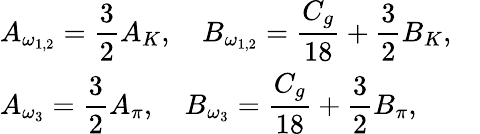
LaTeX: \begin{array}{l}{{\displaystyle{A_{\omega_{1,2}}=\frac{3}{2}A_{K}},\quad\displaystyle{B_{\omega_{1,2}}=\frac{C_{g}}{18}+\frac{3}{2}B_{K}},\quad}}\\ {{\displaystyle{A_{\omega_{3}}=\frac{3}{2}A_{\pi}},\quad\displaystyle{B_{\omega_{3}}=\frac{C_{g}}{18}+\frac{3}{2}B_{\pi}},}}\end{array}